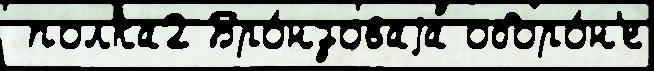
 полка2 Бро́нзоваjа оборо́н'е